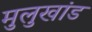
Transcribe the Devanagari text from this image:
मुलुखांड